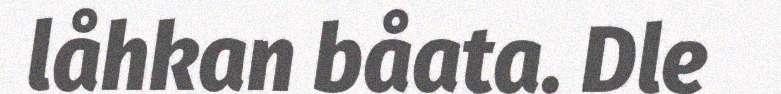
låhkan båata. Dle